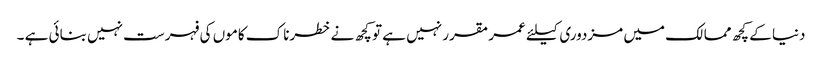
دنیا کے کچھ ممالک میں مزدوری کیلئے عمر مقرر نہیں ہے تو کچھ نے خطرناک کاموں کی فہرست نہیں بنائی ہے ۔